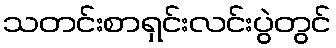
သတင်းစာရှင်းလင်းပွဲတွင်